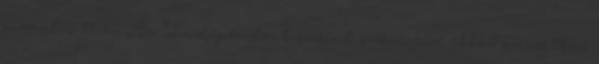
november 11-én Az Independent szerint szerencsére ebben az esetben